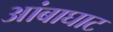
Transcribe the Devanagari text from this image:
आंबाघाट